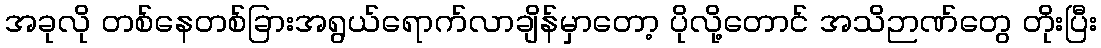
အခုလို တစ်နေတစ်ခြားအရွယ်ရောက်လာချိန်မှာတော့ ပိုလို့တောင် အသိဉာဏ်တွေ တိုးပြီး